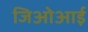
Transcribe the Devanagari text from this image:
जिओआई